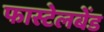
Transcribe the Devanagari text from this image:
फास्टेलबेंड